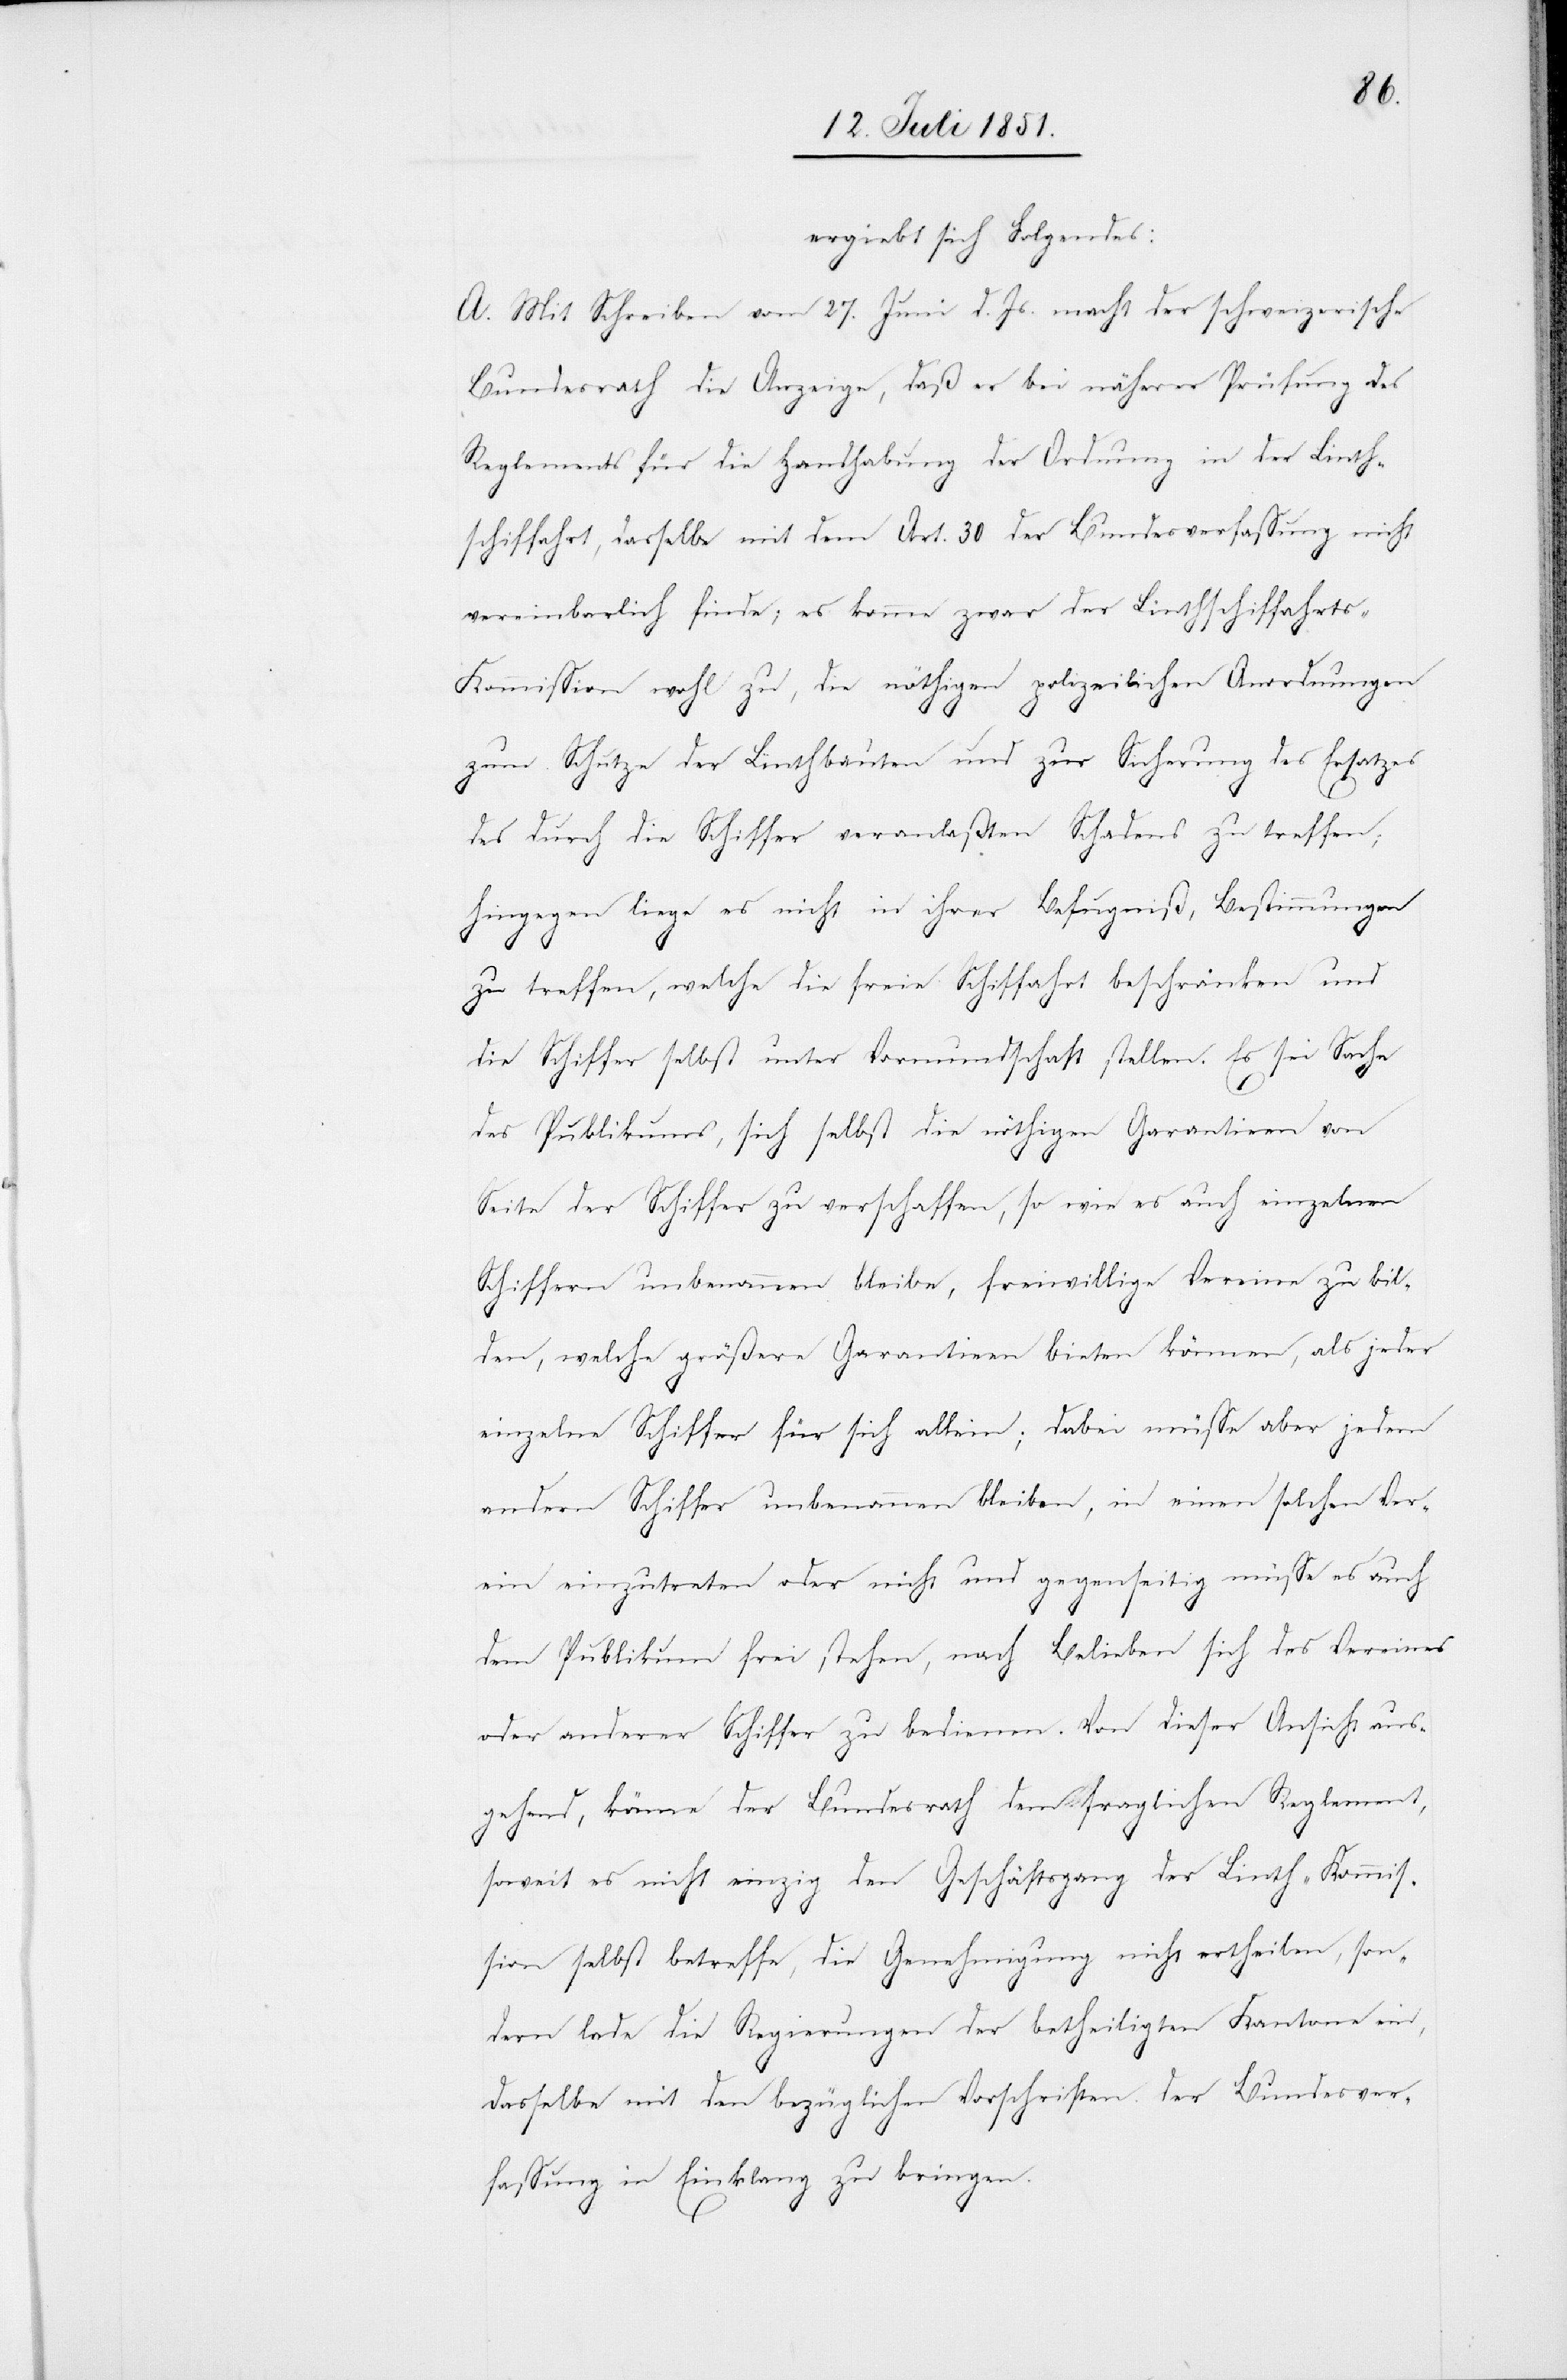
ergiebt sich Folgendes:
A. Mit Schreiben vom 27. Juni d. Js. macht der schweizerische
Bundesrath die Anzeige, daß er bei näherer Prüfung des
Reglements für die Handhabung der Ordnung in der Linth¬
schiffahrt, dasselbe mit dem Art. 30 der Bundesverfassung nicht
vereinbarlich finde; es komme zwar der Linthschiffahrts-K¬
ommission wohl zu, die nöthigen polizeilichen Anordnungen
zum Schutze der Linthbauten und zur Sicherung des Ersatzes
des durch die Schiffer veranlaßten Schadens zu treffen;
hingegen liege es nicht in ihrer Befugniß, Bestimmungen
zu treffen, welche die freie Schiffahrt beschränken und
die Schiffer selbst unter Vormundschaft stellen. Es sei Sache
des Publikums, sich selbst die nöthigen Garantieen von
Seite der Schiffer zu verschaffen, so wie es auch einzelnen
Schiffern unbenommen bleibe, freiwillige Vereine zu bil¬
den, welche größere Garantieen bieten können, als jeder
einzelne Schiffer für sich allein; dabei müsse aber jedem
andern Schiffer unbenommen bleiben, in einen solchen Ver¬
ein einzutreten oder nicht und gegenseitig müsse es auch
dem Publikum frei stehen, nach Belieben sich des Vereines
oder anderer Schiffer zu bedienen. Von dieser Ansicht aus¬
gehend, könne der Bundesrath dem fraglichen Reglement,
soweit es nicht einzig den Geschäftsgang der Linth-Kommis¬
sion selbst betreffe, die Genehmigung nicht ertheilen, son¬
dern lade die Regierungen der betheiligten Kantone ein,
dasselbe mit den bezüglichen Vorschriften der Bundesver¬
fassung in Einklang zu bringen.